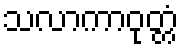
သလာကာဝုတ္တံ